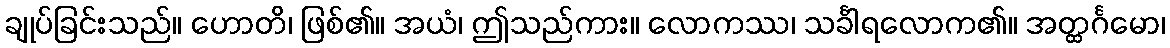
ချုပ်ခြင်းသည်။ ဟောတိ၊ ဖြစ်၏။ အယံ၊ ဤသည်ကား။ လောကဿ၊ သင်္ခါရလောက၏။ အတ္ထင်္ဂမော၊